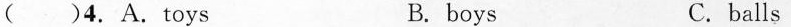
( )4. A.Toys B. boys C.balls